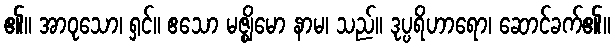
၏။ အာဝုသော၊ ရှင်။ ဧသော မဇ္ဈိမော နာမ၊ သည်။ ဒုပ္ပရိဟာရော၊ ဆောင်ခက်၏။